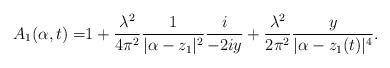
LaTeX: \begin{align*}A_1(\alpha,t)=&1+\frac{\lambda^2}{4\pi^2}\frac{1}{|\alpha-z_1|^2}\frac{i}{-2iy}+\frac{\lambda^2}{2\pi^2} \frac{y}{|\alpha-z_1(t)|^4}.\end{align*}